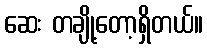
ဆေး တချို့တော့ရှိတယ်။